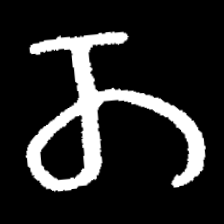
Pyu character \u2014 Myanmar letter: တ (romanized: ta)